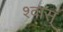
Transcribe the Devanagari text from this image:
श्वास्